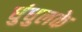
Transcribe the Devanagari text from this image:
धुंधुलके